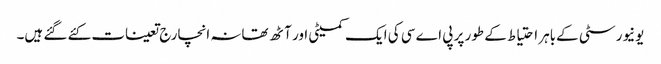
یونیورسٹی کےباہر احتیاط کے طور پر پی اے سی کی ایک کمیٹی اور آٹھ تھانہ انچارج تعینات کئے گئے ہیں۔